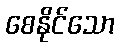
စေနိုင်သော